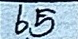
65